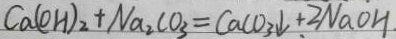
C a ( O H ) _ { 2 } + N a _ { 2 } C O _ { 3 } = C a C O _ { 3 } \downarrow + 2 N a O H